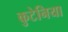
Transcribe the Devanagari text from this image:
कुटेनिया